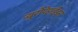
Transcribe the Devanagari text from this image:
न्यूरोपेप्टाईड्स